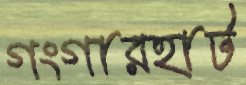
গংগারহাট